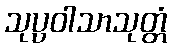
သုပ္ပဝါသာသုတ္တံ